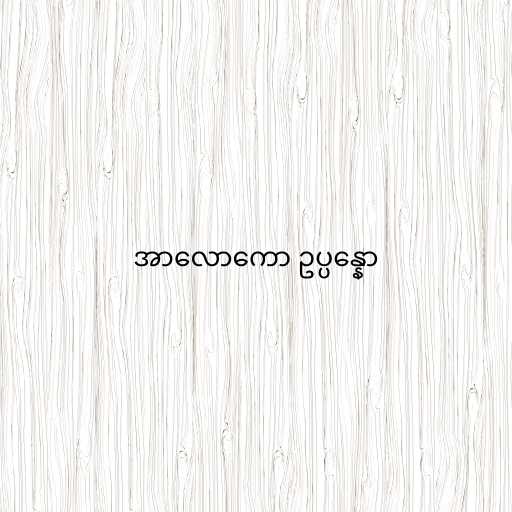
အာလောကော ဥပ္ပန္နော